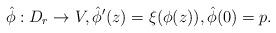
LaTeX: \begin{align*} \hat\phi:D_r\to V, \hat\phi'(z)=\xi(\phi(z)), \hat\phi(0)=p. \end{align*}